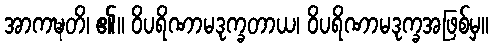
အာကဍ္ဎတိ၊ ၏။ ဝိပရိဏာမဒုက္ခတာယ၊ ဝိပရိဏာမဒုက္ခအဖြစ်မှ။